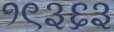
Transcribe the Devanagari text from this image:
१९३६३